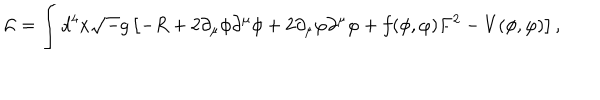
{ \cal L } = \int d ^ { 4 } x { \sqrt - g } \left[ - R + 2 \partial _ { \mu } \phi \partial ^ { \mu } \phi + 2 \partial _ { \mu } \varphi \partial ^ { \mu } \varphi + f ( \phi , \varphi ) F ^ { 2 } - V ( \phi , \varphi ) \right] ,